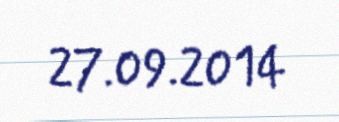
27.09.2014